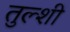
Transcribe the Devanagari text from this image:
तुल्शी